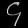
Digit: ၄